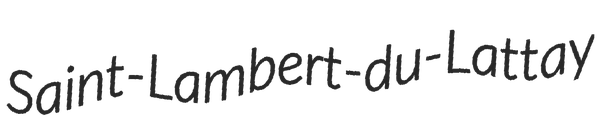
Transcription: Saint-Lambert-du-Lattay